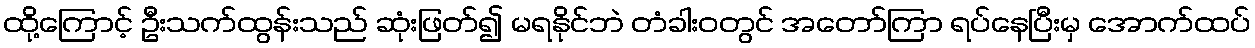
ထို့ကြောင့် ဦးသက်ထွန်းသည် ဆုံးဖြတ်၍ မရနိုင်ဘဲ တံခါးဝတွင် အတော်ကြာ ရပ်နေပြီးမှ အောက်ထပ်